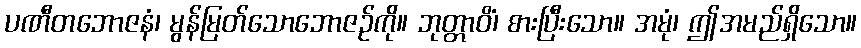
ပဏီတဘောဇနံ၊ မွန်မြတ်သောဘောဇဉ်ကို။ ဘုတ္တာဝိံ၊ စားပြီးသော။ အမုံ၊ ဤအမည်ရှိသော။